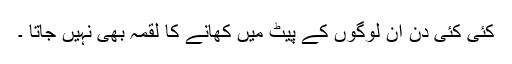
کئی کئی دن ان لوگوں کے پیٹ میں کھانے کا لقمہ بھی نہیں جاتا ۔